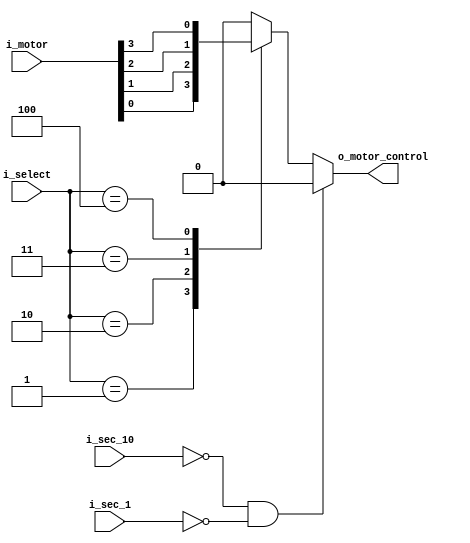
module motor_time_control(
    input [3:0]i_motor,
    input [3:0] i_sec_10,i_sec_1,
    input [2:0] i_select,
    output  o_motor_control
    );

    reg  r_motor_control;
    assign o_motor_control = r_motor_control;

    always @(*) begin
        if((i_sec_10 == 0) &&(i_sec_1 == 0) ) begin
            r_motor_control <= 0;
        end
        else begin
            case(i_select)
                3'd0 : r_motor_control <= 1'b0;
                3'd1 : r_motor_control <= i_motor[0];
                3'd2 : r_motor_control <= i_motor[1];
                3'd3 : r_motor_control <= i_motor[2];
                3'd4 : r_motor_control <= i_motor[3];
                default : r_motor_control <= 1'b0;
            endcase
        end

        
    end 
    



endmodule